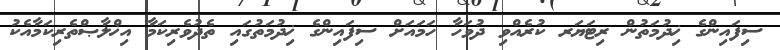
ސިފައިންގެ ޚިދުމަތުން ރިޓަޔަރ ކުރެއްވި ދުވަހާ ހަމައަށް ސިފައިންގެ ޚިދުމަތުގައި ތެދުވެރިކަމާ އިޚްލާޞްތެރިކަމާއެކު